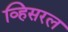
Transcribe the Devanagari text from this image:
व्हिसरल